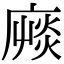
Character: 𢊝